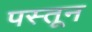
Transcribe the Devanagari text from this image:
पस्तून